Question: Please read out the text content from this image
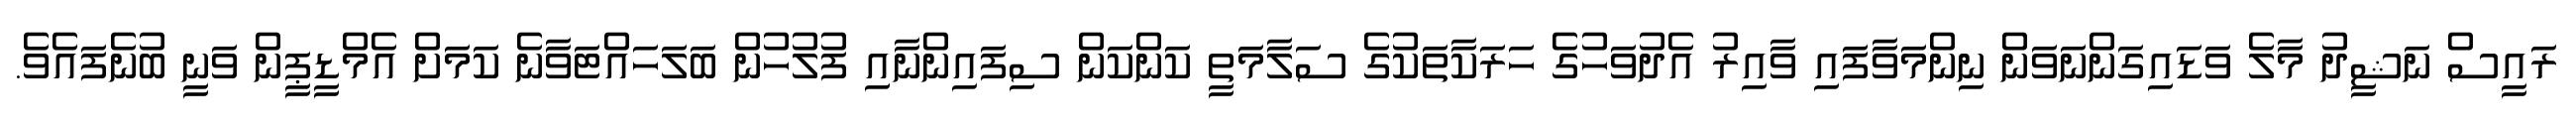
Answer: ރައީސް ނަޝީދު މާލެ ވަޑައިގަންނަވަން ނިންމަވާފައި ވާއިރު އެދުވަހުގެ ހަރަކާތަކުގެ ސަލާމަތީ ކަންކަން ސިފައިންނާއި ފުލުހުން ބަލަހައްޓަވާނެ ކަމަށް އެމްޑީޕީން ވަނީ ބުނެފައެވެ.